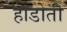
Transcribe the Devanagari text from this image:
हाडोती